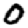
Digit: 0